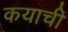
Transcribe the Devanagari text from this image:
कयाचीं